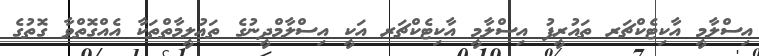
އިސްލާމީ އާކިޓެކްޗަރ ތައުރީފު އިސްލާމީ އާކިޓެކްޗަރ އަކީ އިސްލާމްދީނުގެ ތަޢުލީމާތްތަކާ އެއްގޮތްވާ ގޮތުގެ